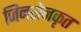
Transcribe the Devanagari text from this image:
जिनसेनकृत